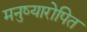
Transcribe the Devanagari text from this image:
मनुष्यारोपित